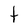
Character: t